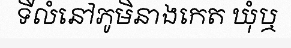
ទីលំនៅភូមិនាងកេត ឃុំឬ